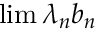
\operatorname* { l i m } \lambda _ { n } b _ { n }